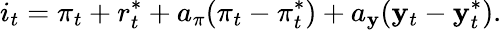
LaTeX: i_{t}=\pi_{t}+r_{t}^{*}+a_{\pi}(\pi_{t}-\pi_{t}^{*})+a_{\mathbf{y}}(\mathbf{y}_{t}-\mathbf{y}_{t}^{*}).